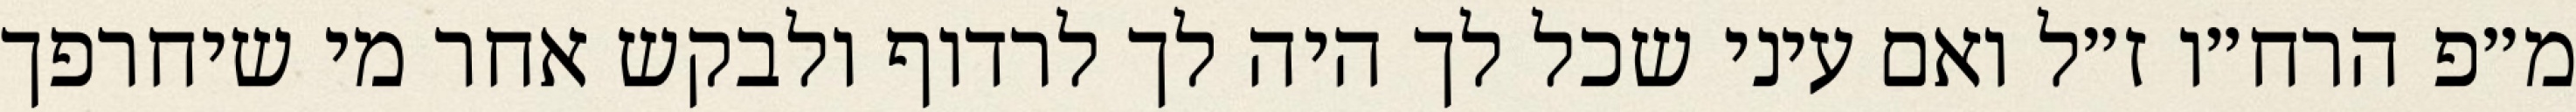
מ״פ הרח״ו ז״ל ואם עיני שכל לך היה לך לרדוף ולבקש אחר מי שיחרפך